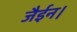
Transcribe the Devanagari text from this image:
जैईन।